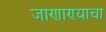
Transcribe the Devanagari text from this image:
जाणाण्याचा